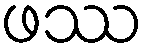
ဖဿ